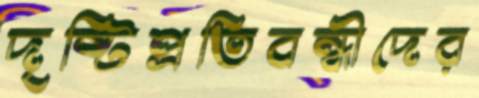
দৃষ্টিপ্রতিবন্ধীদের